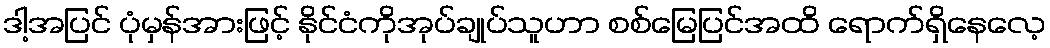
ဒါ့အပြင် ပုံမှန်အားဖြင့် နိုင်ငံကိုအုပ်ချုပ်သူဟာ စစ်မြေပြင်အထိ ရောက်ရှိနေလေ့